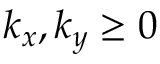
k _ { x } , k _ { y } \ge 0